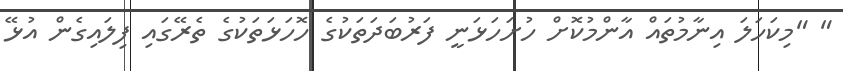
" "މިކަހަލަ އިނާމުތައް އާންމުކޮށް ހުށަހަޅަނީ ފަރުބަދަތަކުގެ ހޮހަޅަތަކުގެ ތެރޭގައި ފިލައިގެން އުޅޭ